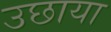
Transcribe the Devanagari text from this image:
उछाया